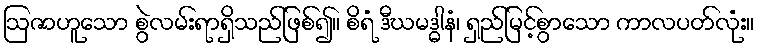
ဩဇာဟူသော စွဲလမ်းရာရှိသည်ဖြစ်၍။ စိရံ ဒီဃမဒ္ဓါနံ၊ ရှည်မြင့်စွာသော ကာလပတ်လုံး။